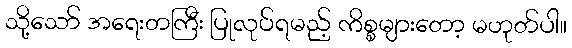
သို့သော် အရေးတကြီး ပြုလုပ်ရမည့် ကိစ္စများတော့ မဟုတ်ပါ။